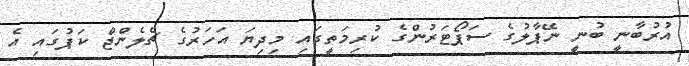
އުރުބާނީ ބުނީ ނޭޕާލުގެ ސަޕޯޓަރުންގެ ކުރިމަތީގައި މިދިޔަ އަހަރުގެ ޗެލެންޖް ކަޕުގައި އެ